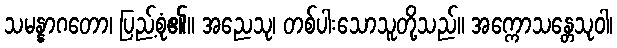
သမန္နာဂတော၊ ပြည့်စုံ၏။ အညေသု၊ တစ်ပါးသောသူတို့သည်။ အက္ကောသန္တေသုဝါ၊